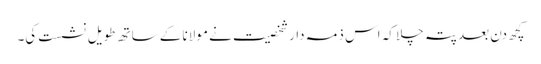
کچھ دن بعد پتہ چلا کہ اس ذمہ دار شخصیت نے مولانا کے ساتھ طویل نشست کی۔